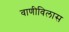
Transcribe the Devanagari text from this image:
वाणीविलास